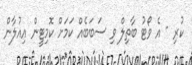
ކުރި - އެ ވޯޓު ބާތިލް ވި ސަބަބެއް ކަމަށް ކޮމިޓީން އިއުލާން